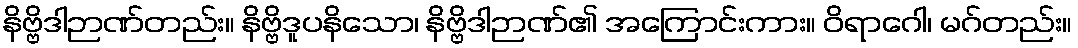
နိဗ္ဗိဒါဉာဏ်တည်း။ နိဗ္ဗိဒူပနိသော၊ နိဗ္ဗိဒါဉာဏ်၏ အကြောင်းကား။ ဝိရာဂေါ၊ မဂ်တည်း။